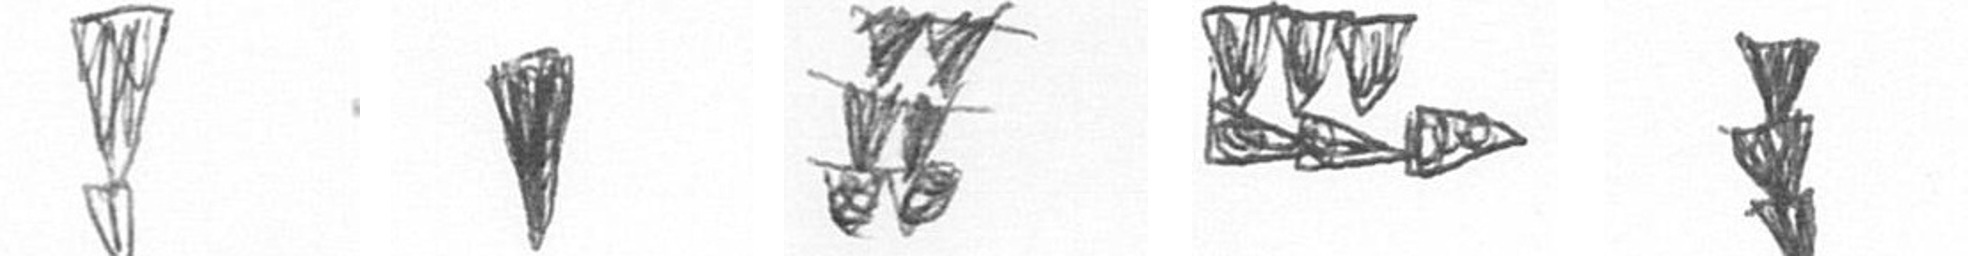
Z J Y D E